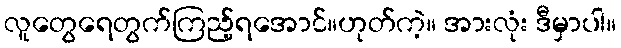
လူတွေရေတွက်ကြည့်ရအောင်။ဟုတ်ကဲ့။ အားလုံး ဒီမှာပါ။